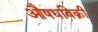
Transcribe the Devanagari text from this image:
औषधविक्री